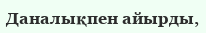
Даналықпен айырды,